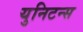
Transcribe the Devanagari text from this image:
युनिटन्स